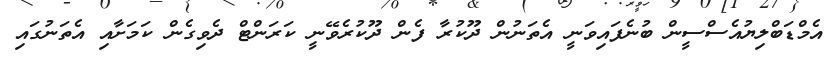
އެމްޑަބްލިޔުއެސްސީން ބުނެފައިވަނީ އެތަނުން ދޫކުރާ ފެން ދޫކުރެވޭނީ ކަރަންޓް ދެވިގެން ކަމަށާއި އެތަނުގައި